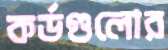
কর্ডগুলোর